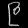
Digit: ၉